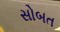
સોબત